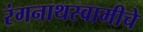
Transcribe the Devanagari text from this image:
रंगनाथस्वामीचे